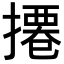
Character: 𢳍